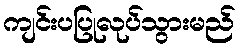
ကျင်းပပြုလုပ်သွားမည်